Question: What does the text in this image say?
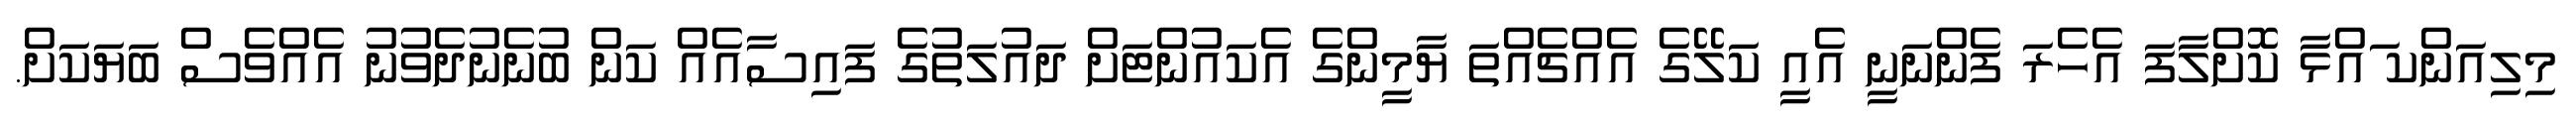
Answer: މިލިއަންކ ައްޅާ ކޮށްލާފަ އެހެރަ ފެންނަނީ އެއީ ކަލޭގެ އެއްޗެއްތަ ޔާމީންގެ އެކައުންޓަށް ދައުލަތުގެ ފައިސާއެއް ކަން ބުނެނުދެވުނު އެއްވެސް ބަޔަކަށް.